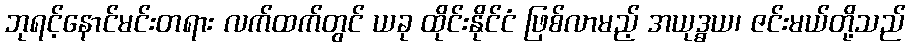
ဘုရင့်နောင်မင်းတရား လက်ထက်တွင် ယခု ထိုင်းနိုင်ငံ ဖြစ်လာမည့် အယုဒ္ဓယ၊ ဇင်းမယ်တို့သည်